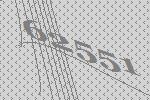
62551